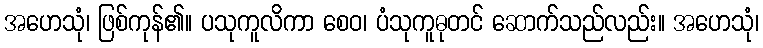
အဟေသုံ၊ ဖြစ်ကုန်၏။ ပသုကူလိကာ စေဝ၊ ပံသုကူဓုတင် ဆောက်သည်လည်း။ အဟေသုံ၊